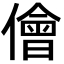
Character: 儈